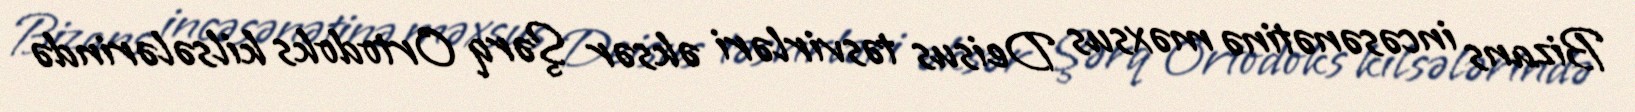
Bizans incəsənətinə məxsus Deisus təsvirləri əksər Şərq Ortodoks kilsələrində